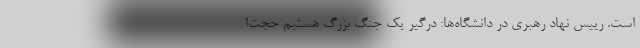
است. رییس نهاد رهبری در دانشگاه‌ها: درگیر یک جنگ بزرگ هستیم حجت‌ا